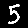
Digit: 5